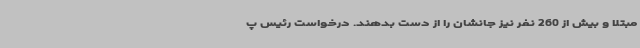
مبتلا و بیش از 260 نفر نیز جانشان را از دست بدهند. درخواست رئیس پ